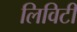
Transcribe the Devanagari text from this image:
लिविटी